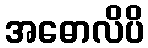
အဓောလိပိ